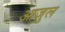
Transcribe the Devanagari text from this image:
आज़ुल